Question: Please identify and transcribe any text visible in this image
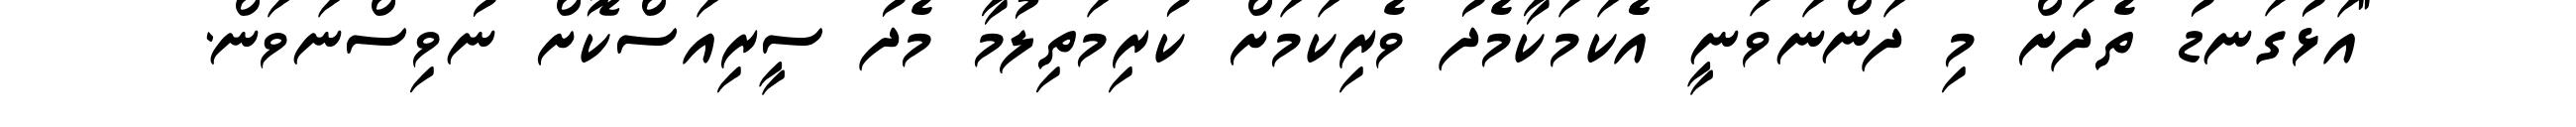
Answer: "އަޅުގަނޑު ތެދަށް މި ދަންނަވަނީ އެެކަމަކާމެދު ވެރިކަމަށް ކުރިމަތިލުމާ މެދު ސީރިއަސްކޮށް ނުވިސްނަވަން.